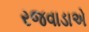
રજવાડાએ